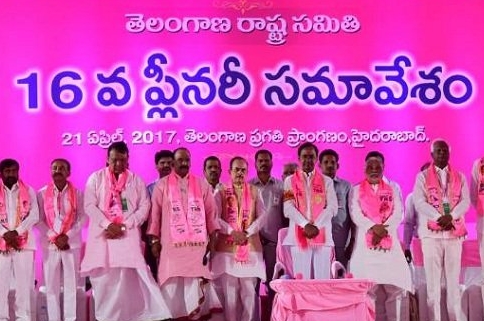
Language: telugu
Transcription: తెలంగాణ రాష్ట్ర సమితి వ ప్లీనరీ సమావేశం ఏప్రిల్ తెలంగాణ ప్రగతి ప్రాంగణం హైదరాబాద్.